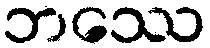
ဘဿေ